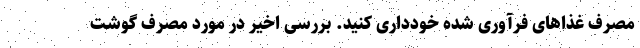
مصرف غذا‌های فرآوری شده خودداری کنید. بررسی اخیر در مورد مصرف گوشت